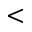
<